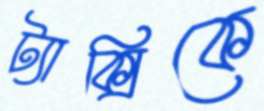
ট্যাক্সিকে